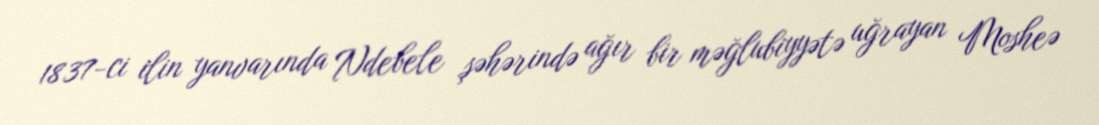
1837-ci ilin yanvarında Ndebele şəhərində ağır bir məğlubiyyətə uğrayan Mosheə